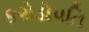
કરોડોપતિ